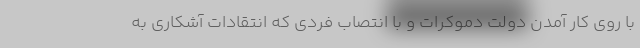
با روی کار آمدن دولت دموکرات و با انتصاب فردی که انتقادات آشکاری به